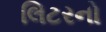
લિટરનો